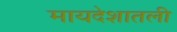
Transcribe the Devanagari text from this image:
मायदेशातली